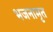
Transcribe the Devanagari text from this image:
भजनामृत